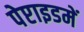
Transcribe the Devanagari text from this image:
पेप्टाइडमें